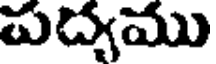
పద్యము